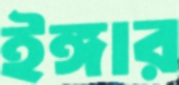
ইঙ্গার